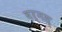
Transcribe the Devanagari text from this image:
बर्नस्